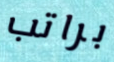
براتب